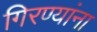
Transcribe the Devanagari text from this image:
गिरण्यांना